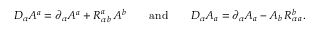
D _ { \alpha } A ^ { a } = \partial _ { \alpha } A ^ { a } + R _ { \alpha \, b } ^ { a } \, A ^ { b } \qquad \mathrm { a n d } \qquad D _ { \alpha } A _ { a } = \partial _ { \alpha } A _ { a } - A _ { b } \, R _ { \alpha \, a } ^ { b } .